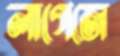
লাগেজে